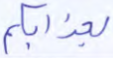
بعذابكم